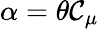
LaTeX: \alpha=\theta\mathcal{C}_{\mu}